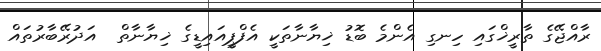
ރާއްޖޭގެ ތާރީޚްގައި ހިނގި އެންމެ ބޮޑު ޚިޔާނާތަކީ އެފްޕީއައިޑީގެ ޚިޔާނާތް  އަދުރޭބާރުތައް